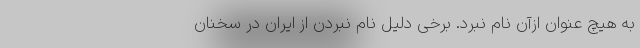
به هیچ عنوان ازآن نام نبرد. برخی دلیل نام نبردن از ایران در سخنان